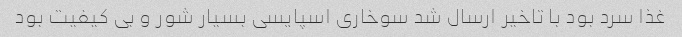
غذا سرد بود با تاخیر ارسال شد سوخاری اسپایسی بسیار شور و بی کیفیت بود